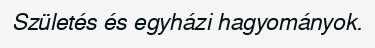
Születés és egyházi hagyományok.